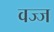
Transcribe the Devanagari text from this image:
वज्ज